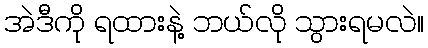
အဲဒီကို ရထားနဲ့ ဘယ်လို သွားရမလဲ။